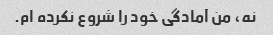
نه، من آمادگی خود را شروع نکرده ام.